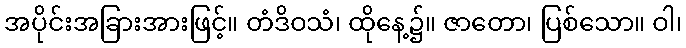
အပိုင်းအခြားအားဖြင့်။ တံဒိဝသံ၊ ထိုနေ့၌။ ဇာတော၊ ပြစ်သော။ ဝါ၊